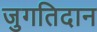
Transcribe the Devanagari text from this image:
जुगतिदान